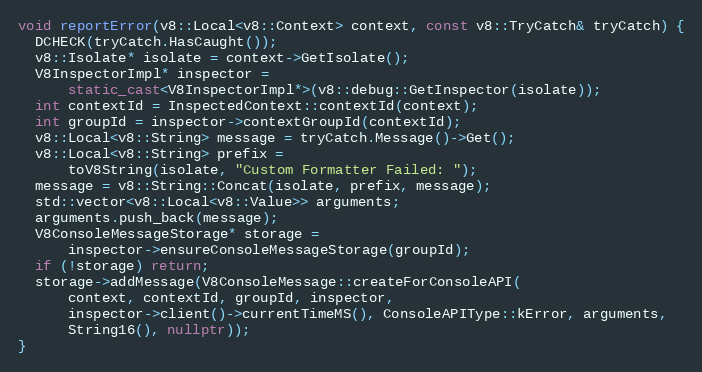
Language: C++
void reportError(v8::Local<v8::Context> context, const v8::TryCatch& tryCatch) {
  DCHECK(tryCatch.HasCaught());
  v8::Isolate* isolate = context->GetIsolate();
  V8InspectorImpl* inspector =
      static_cast<V8InspectorImpl*>(v8::debug::GetInspector(isolate));
  int contextId = InspectedContext::contextId(context);
  int groupId = inspector->contextGroupId(contextId);
  v8::Local<v8::String> message = tryCatch.Message()->Get();
  v8::Local<v8::String> prefix =
      toV8String(isolate, "Custom Formatter Failed: ");
  message = v8::String::Concat(isolate, prefix, message);
  std::vector<v8::Local<v8::Value>> arguments;
  arguments.push_back(message);
  V8ConsoleMessageStorage* storage =
      inspector->ensureConsoleMessageStorage(groupId);
  if (!storage) return;
  storage->addMessage(V8ConsoleMessage::createForConsoleAPI(
      context, contextId, groupId, inspector,
      inspector->client()->currentTimeMS(), ConsoleAPIType::kError, arguments,
      String16(), nullptr));
}